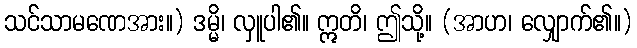
သင်သာမဏေအား။) ဒမ္မိ၊ လှူပါ၏။ ဣတိ၊ ဤသို့။ (အာဟ၊ လျှောက်၏။)